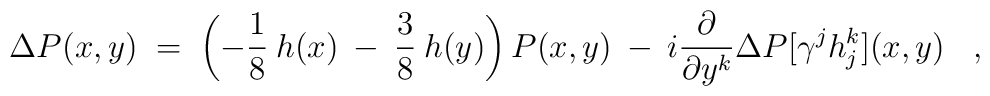
\Delta P(x,y) \;=\; \left(-\frac{1}{8}\:h(x) \:-\: \frac{3}{8}\:h(y) \right)P(x,y) \:-\: i \frac{\partial}{\partial y^k} \Delta P[\gamma^j h^k_j](x,y) \;\;\; ,